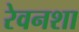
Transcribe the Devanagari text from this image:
रेवनशा